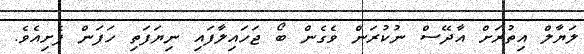
ލަޔާލް އިތުރަށް އާދޭސް ނުކުރަން ވެގެން ބޯ ޖަހައިލާފައި ނިޔަފަތި ހަފަން ފެށިއެވެ.